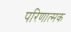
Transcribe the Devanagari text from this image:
परिणात्मक